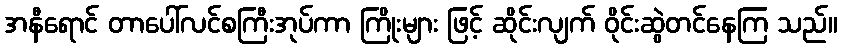
အနီရောင် တာပေါ်လင်စကြီးအုပ်ကာ ကြိုးများ ဖြင့် ဆိုင်းလျက် ဝိုင်းဆွဲတင်နေကြ သည်။